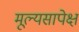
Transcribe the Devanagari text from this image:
मूल्यसापेक्ष